Indian journal of veterinary science and animal husbandry - Volumes 18-21, 1948-1951
Year: 1948
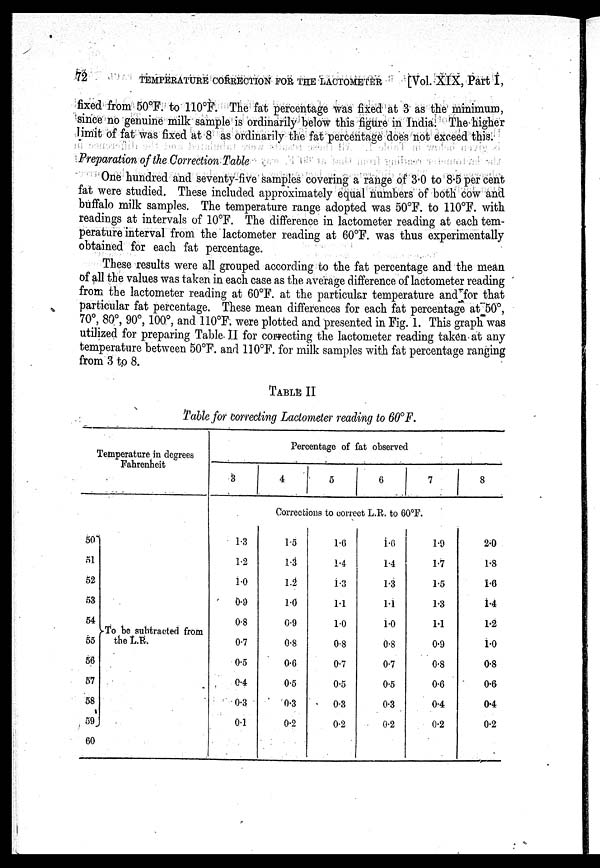
72
TEMPERATURE CORRECTION FOR THE LACTOMETER
[Vol. XIX, Part I,
fixed from 50ºF. to 110ºF. The fat percentage was fixed at 3 as the minimum,
since no genuine milk sample is ordinarily below this figure in India. The higher
limit of fat was fixed at 8 as ordinarily the fat percentage does not exceed this.
Preparation of the Correction Table
One hundred and seventy-five samples covering a range of 3.0 to 8.5 per cent
fat were studied. These included approximately equal numbers of both cow and
buffalo milk samples. The temperature range adopted was 50°F. to 110°F. with
readings at intervals of 10°F. The difference in lactometer reading at each tem-
perature interval from the lactometer reading at 60°F. was thus experimentally
obtained for each fat percentage.
These results were all grouped according to the fat percentage and the mean
of all the values was taken in each case as the average difference of lactometer reading
from the lactometer reading at 60°F. at the particular temperature and for that
particular fat percentage. These mean differences for each fat percentage at 50°,
70º, 80º, 90º, 100º, and 110ºF. were plotted and presented in Fig. 1. This graph was
utilized for preparing Table II for correcting the lactometer reading taken at any
temperature between 50ºF. and 110ºF. for milk samples with fat percentage ranging
from 3 to 8.
TABLE II
Table for correcting Lactometer reading to 60º F.
Temperature in degrees
Fahrenheit
50
51
52
53
54
55
56
57
58
59
60
To be subtracted from
the L.R.
3
Percentage of fat observed
4
5
6
7
8
Corrections to correct L.R. to 60ºF.
1.3
1.2
1.0
0.9
0.8
0.7
0.5
0.4
0.3
0.1
1.5
1.3
1.2
1.0
0.9
0.8
0.6
0.5
0.3
0.2
1.6
1.4
1.3
1.1
1.0
0.8
0.7
0.5
0.3
0.2
1.6
1.4
13
11
1.0
0.8
0.7
0.5
0.3
0.2
1.9
1.7
1.5
1.3
1.1
0.9
0.8
0.6
0.4
0.2
2.0
1.8
1.6
1.4
1.2
1.0
0.8
0.6
0.4
0.2